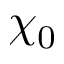
\chi _ { 0 }